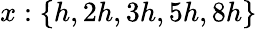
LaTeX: x:\{ h,2h,3h,5h,8h\}